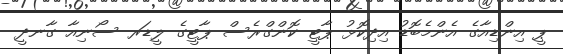
ޕީ އިންޑިއާގެ އެންމެބޮޑު އިދިކޮޅު ޕާޓީ ކޮންގްރެސް ޕާޓީގެ ލީޑަރ ސޯނިއާ ގާނދީ